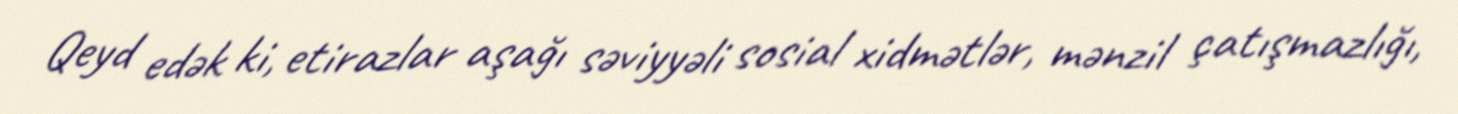
Qeyd edək ki, etirazlar aşağı səviyyəli sosial xidmətlər, mənzil çatışmazlığı,